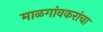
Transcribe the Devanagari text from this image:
माळगांवकरांचा